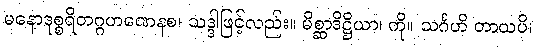
မနောဒုစ္စရိတဂ္ဂဟဏေနစ၊ သဒ္ဒါဖြင့်လည်း။ မိစ္ဆာဒိဋ္ဌိယာ၊ ကို။ သင်္ဂဟိ တာယပိ၊